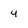
Character: 4